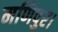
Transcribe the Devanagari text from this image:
मणिपुर।